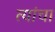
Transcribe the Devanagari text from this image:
त्यांंचा